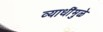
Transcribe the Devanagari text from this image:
व्याधींमुळे